Subject: math
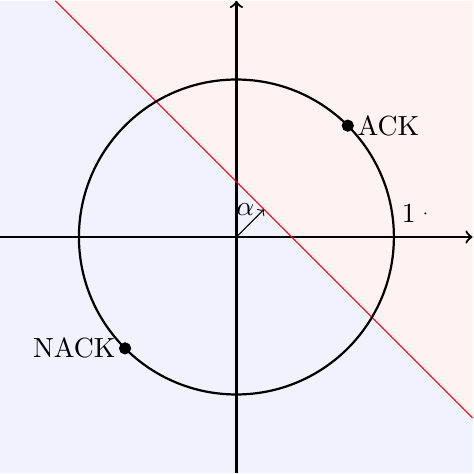
LaTeX code:
    \begin{tikzpicture}
    \fill [blue!5](-2.3,3) -- (-3,3) -- (-3,-3) -- (3,-3) -- (3,-2.3);
    \fill [red!5](3,3) -- (-2.3,3) -- (3,-2.3);
    \draw [thick,->](-3,0) -- (3,0);
    \draw [thick,->](0,-3) -- (0,3);
    \draw [thin,red](-2.3,3) -- (3,-2.3);
    \draw [thick] (0,0) circle (2);
    \draw [thin,<->] (0,0) -- (0.35,0.35) node[anchor=east] {$\alpha$};
    \filldraw[black] (1.41421,1.41421) circle (2pt) node[anchor=west] {ACK};
    \filldraw[black] (-1.41421,-1.41421) circle (2pt) node[anchor=east] {NACK};
    \filldraw[black] (2.4,0.3) circle (0.1pt) node[anchor=east] {1};
    \end{tikzpicture}